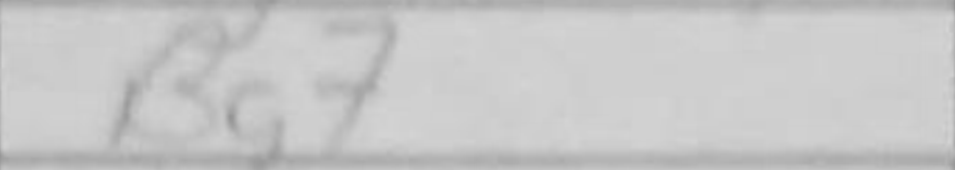
Transcription: Bg7